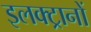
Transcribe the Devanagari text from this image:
इलक्ट्रानों